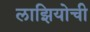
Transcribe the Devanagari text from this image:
लाझियोची